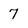
Character: 7